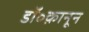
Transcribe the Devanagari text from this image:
डॉ॰क़ानून